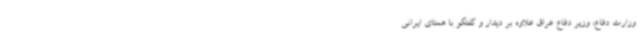
وزارت دفاع، وزیر دفاع عراق علاوه بر دیدار و گفتگو با همتای ایرانی